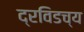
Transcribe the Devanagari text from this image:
द्रविडच्य